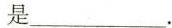
是___。